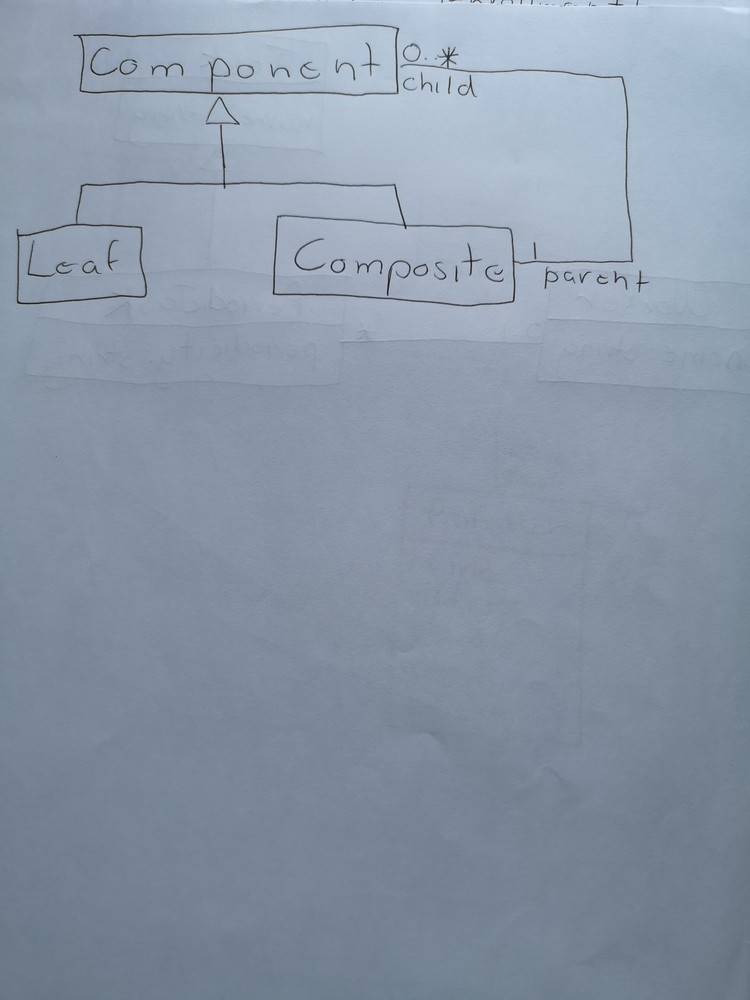
Diagram type: class_diagram
```plantuml
@startuml

left to right direction

class Component

class Composite extends Component
class Leaf extends Component

Composite "parent 1" -- "child 0..*" Component

@enduml
```